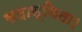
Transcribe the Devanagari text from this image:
सदास्थिता।